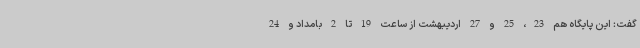
گفت: این پایگاه هم 23، 25 و 27 اردیبهشت از ساعت 19 تا 2 بامداد و 24